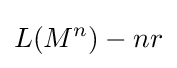
L(M^{n})-nr\,\!